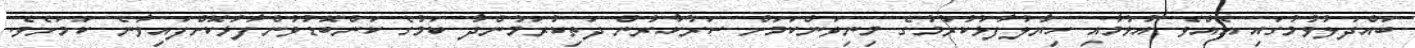
ބައްދަލުވުމުގައި އެއްވެ އުޅުމާއި ހިޔާލުފާޅުކުރުމުގެ މިނިވަންކަމަށް ސަރުކާރުން ދަތިކުރަމުންދާ ކަމުގެ ކަންބޮޑުވުންފާޅުކޮށްފައިވާނެ ކަމަށެވެ.